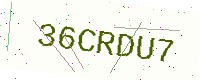
Text: 36CRDU7